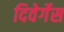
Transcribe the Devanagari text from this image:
दिवेर्गेस